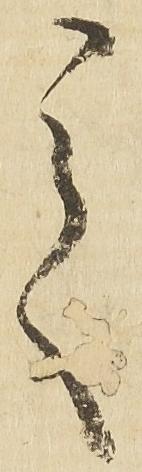
之